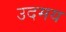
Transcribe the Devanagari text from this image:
उदमय